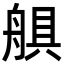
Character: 𦩛